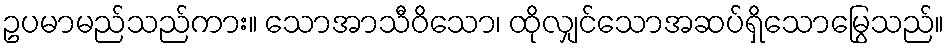
ဥပမာမည်သည်ကား။ သောအာသီဝိသော၊ ထိုလျှင်သောအဆပ်ရှိသောမြွေသည်။